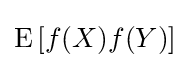
\operatorname {E} \left[f(X)f(Y)\right]